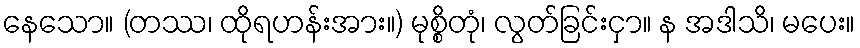
နေသော။ (တဿ၊ ထိုရဟန်းအား။) မုစ္စိတုံ၊ လွတ်ခြင်းငှာ။ န အဒါသိ၊ မပေး။